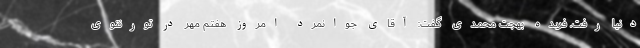
دنیا رفت. فریده بهجت محمدی گفت: آقای جوانمرد امروز هفتم مهر در تورنتوی